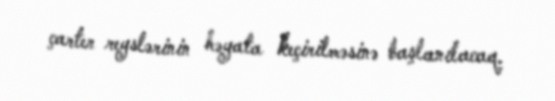
çarter reyslərinin həyata keçirilməsinə başlanılacaq.